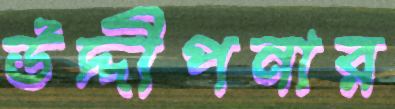
উদ্দীপনার